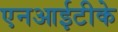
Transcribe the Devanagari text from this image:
एनआईटीके